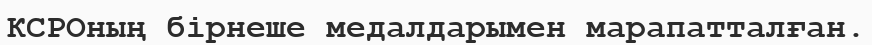
КСРОның бірнеше медалдарымен марапатталған.